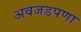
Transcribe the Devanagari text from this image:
अवजडपणा